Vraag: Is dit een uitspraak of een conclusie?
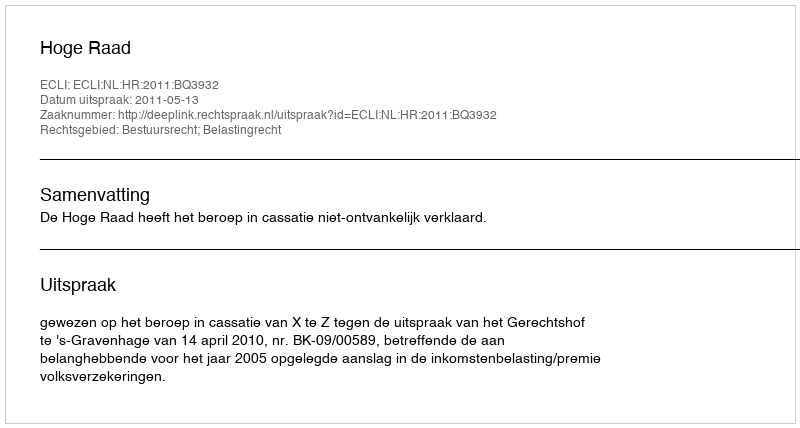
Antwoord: Uitspraak